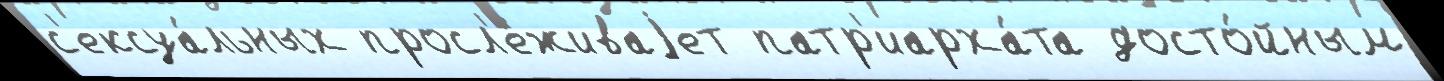
с'ексуа́льных просл'е́живаjет патр'иарха́та досто́йным